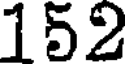
152